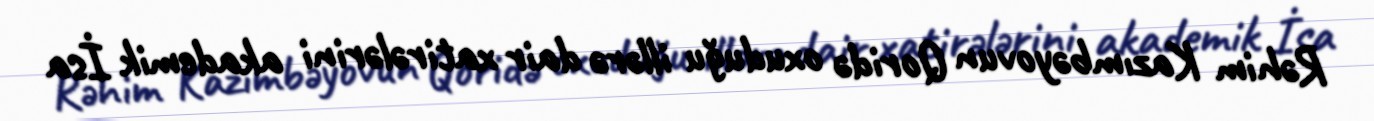
Rəhim Kazımbəyovun Qoridə oxuduğu illərə dair xatirələrini akademik İsa